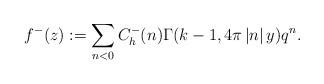
LaTeX: \begin{align*}f^{-}(z):=\sum _{n <0}C_{h}^{-}( n) \Gamma ( k-1,4\pi \left| n\right| y) q^{n}.\end{align*}